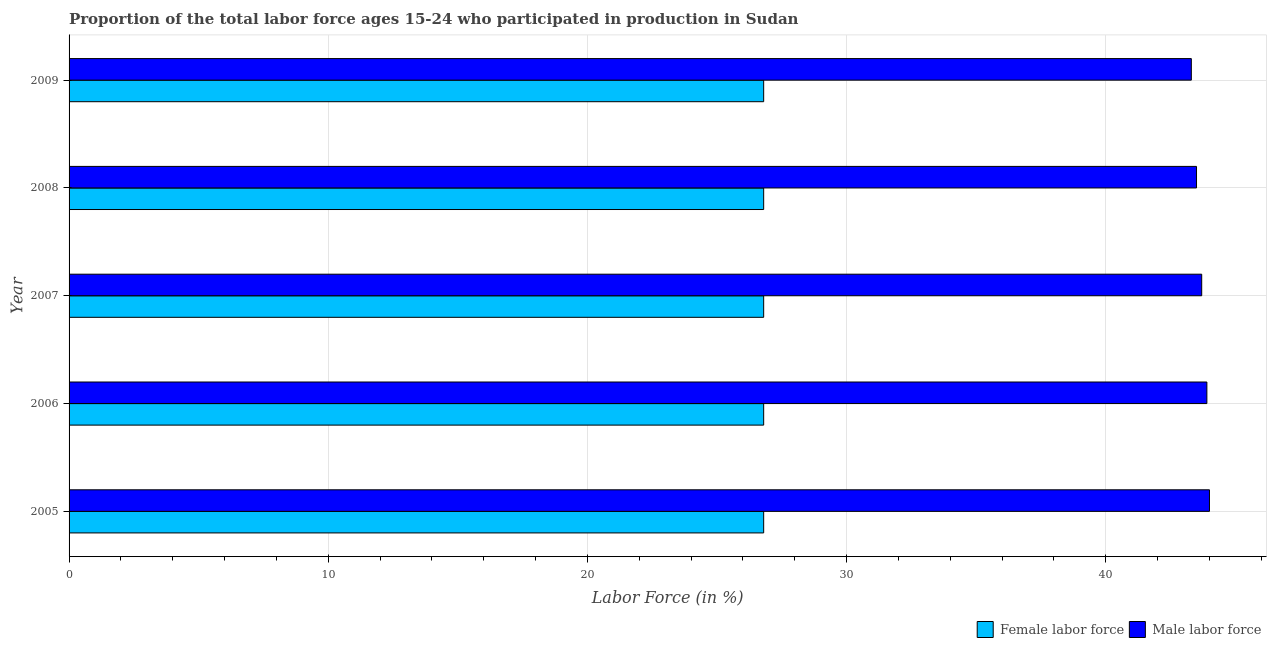
| Year | Female labor force | Male labor force |
 | --- | --- | --- |
 | 2005 | 26.8 | 44 |
 | 2006 | 26.8 | 43.9 |
 | 2007 | 26.8 | 43.7 |
 | 2008 | 26.8 | 43.5 |
 | 2009 | 26.8 | 43.3 |